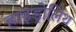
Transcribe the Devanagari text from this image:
हाइड्रोलिथ